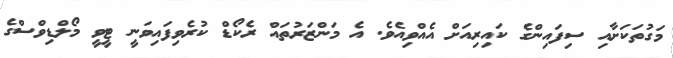
މަގުތަކަށާއި ސިފައިންގެ ކައިރިއަށް އެއްވިއެވެ. އެ މަންޒަރުތައް ރެކޯޑް ކުރެވިފައިވަނީ ޓީވީ މޯލްޑިވްސްގެ